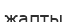
жапты